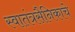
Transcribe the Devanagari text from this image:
स्वातंत्रसैनिकाचे